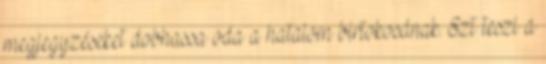
megjegyzéseket dobhassa oda a hatalom birtokosának. Ezt teszi a